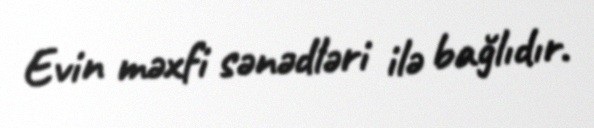
Evin məxfi sənədləri ilə bağlıdır.